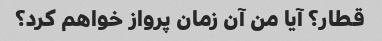
قطار؟ آیا من آن زمان پرواز خواهم کرد؟